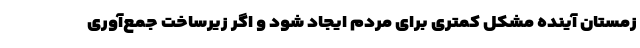
زمستان آینده مشکل کمتری برای مردم ایجاد شود و اگر زیرساخت جمع‌آوری